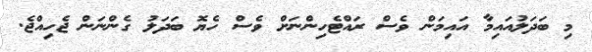
މި ބަދަލުއައިމާ އައިމަން ވެސް ރައްޓެހިންނަށް ވެސް ހެޔޮ ބަދަލު ގެންނަން ޖެހިއްޖެ.